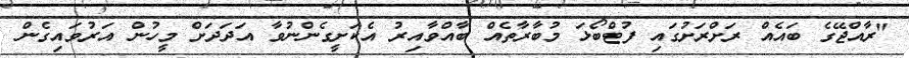
"ރާއްޖޭގެ ބައެއް ރަށްރަށުގައި ފުޓްބޯޅަ މުބާރާތެއް ބާއްވާއިރު އެކަށީގެންނުވާ އަދަދަށް މީހުން އަރުވައިގެން